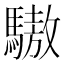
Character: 䮯